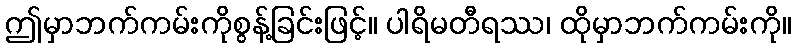
ဤမှာဘက်ကမ်းကိုစွန့်ခြင်းဖြင့်။ ပါရိမတီရဿ၊ ထိုမှာဘက်ကမ်းကို။